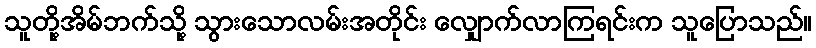
သူတို့အိမ်ဘက်သို့ သွားသောလမ်းအတိုင်း လျှောက်လာကြရင်းက သူပြောသည်။